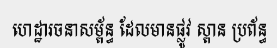
ហេដ្ឋារចនាសម្ព័ន្ធ ដែលមានផ្លូវ ស្ពាន ប្រព័ន្ធ